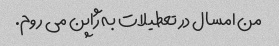
من امسال در تعطیلات به ژاپن می روم.